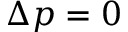
\Delta p = 0